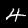
Label: 4